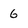
Character: 6